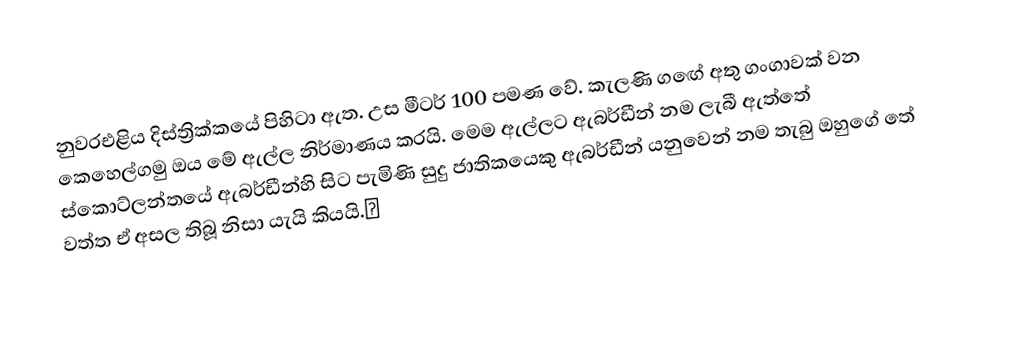
නුවරඑළිය දිස්ත්‍රික්කයේ පිහිටා ඇත. උස මීටර් 100 පමණ වේ. කැලණි ගඟේ අතු ගංගාවක් වන කෙහෙල්ගමු ඔය මේ ඇල්ල නිර්මාණය කරයි. මෙම ඇල්ලට ඇබර්ඩීන් නම ලැබී ඇත්තේ ස්කොට්ලන්තයේ ඇබර්ඩීන්හි සිට පැමිණි සුදු ජාතිකයෙකු ඇබර්ඩීන් යනුවෙන් නම තැබු ඔහුගේ තේ වත්ත ඒ අසල තිබූ නිසා යැයි කියයි.✡